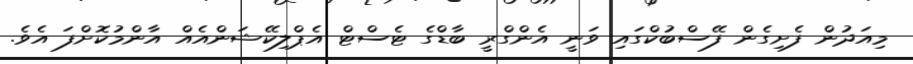
މިއަދުން ފެށިގެން ފޭސްބުކްގައި ވަނީ އެންގްރީ ބާޑްގެ ޓެސްޓް އެޕްލިކޭޝަންއެއް އާންމުކޮށްފަ އެވެ.